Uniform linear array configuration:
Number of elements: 12
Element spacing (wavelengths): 1
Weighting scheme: binomial
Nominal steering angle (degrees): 60
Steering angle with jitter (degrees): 60.198
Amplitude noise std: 0.05
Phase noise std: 0.05

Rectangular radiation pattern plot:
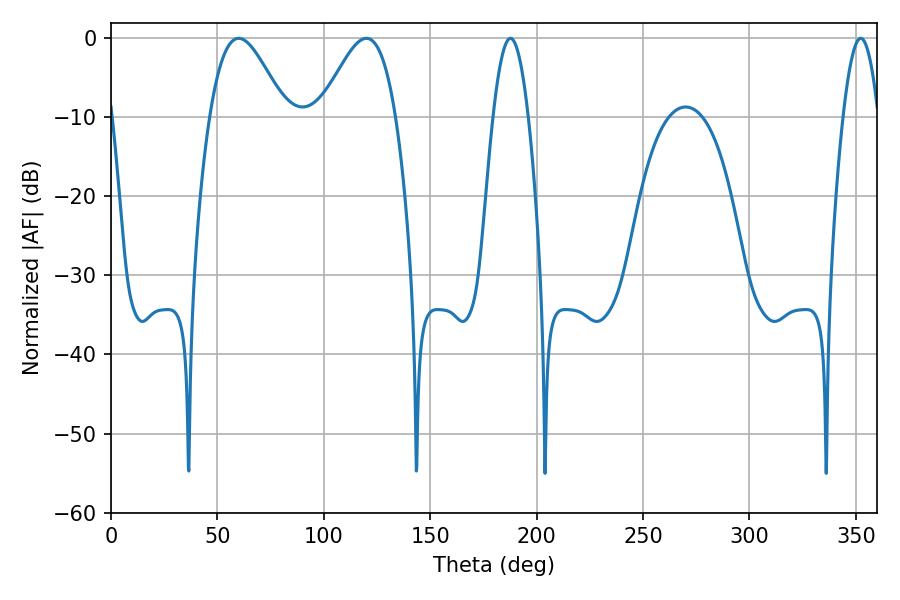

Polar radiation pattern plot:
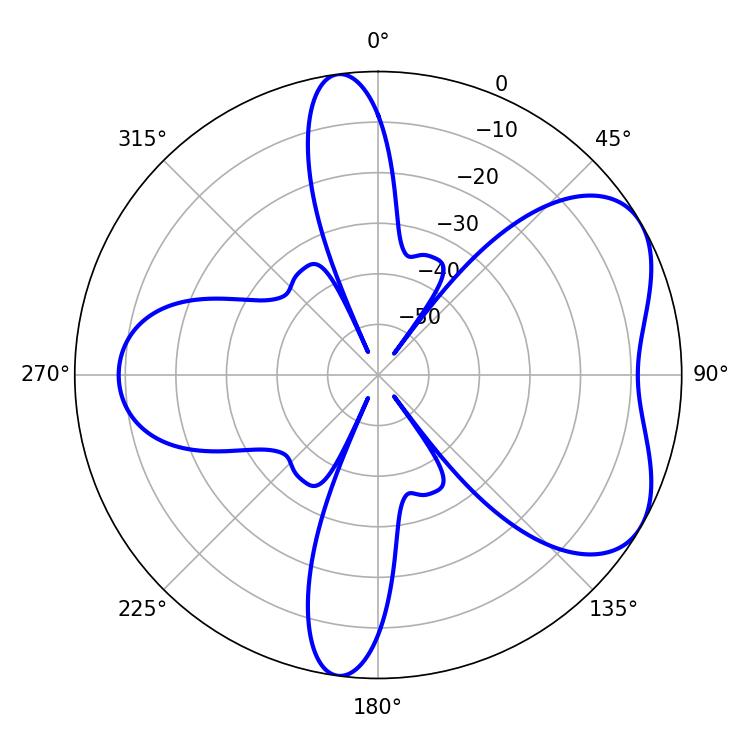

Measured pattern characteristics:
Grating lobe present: TRUE
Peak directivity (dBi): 5.497
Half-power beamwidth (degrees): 18.9
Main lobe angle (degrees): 59.94